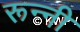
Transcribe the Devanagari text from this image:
रून्नी